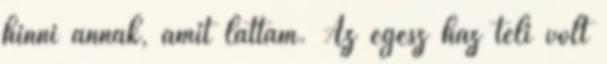
hinni annak, amit láttam. Az egész ház teli volt